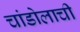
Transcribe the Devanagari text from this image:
चांडोलाची